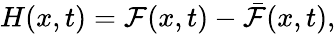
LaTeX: H(x,t)=\mathcal{F}(x,t)-\bar{\mathcal{F}}(x,t),